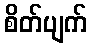
စိတ်ပျက်